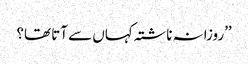
’’روزانہ ناشتہ کہاں سے آتا تھا؟